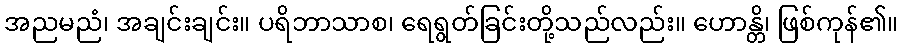
အညမညံ၊ အချင်းချင်း။ ပရိဘာသာစ၊ ရေရွတ်ခြင်းတို့သည်လည်း။ ဟောန္တိ၊ ဖြစ်ကုန်၏။